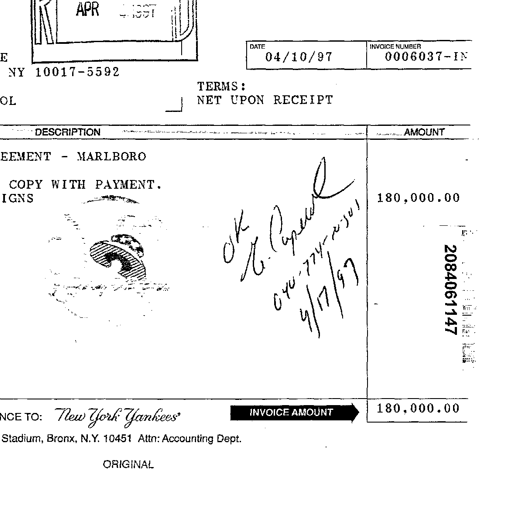
APR - 1997
NY 10017-5592
DATE
04/10/97
INVOICE NUMBER
0006037-IN
TERMS:
NET UPON RECEIPT
DESCRIPTION
AMOUNT
EEMENT - MARLBORO
COPY WITH PAYMENT.
IGNS
180,000.00
OK
R. Capuano
040-774-2301
4/17/97
2084061147
TO: New York Yankees
INVOICE AMOUNT
180,000.00
Stadium, Bronx, N.Y. 10451 Attn: Accounting Dept.
ORIGINAL